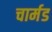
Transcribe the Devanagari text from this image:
चार्मड